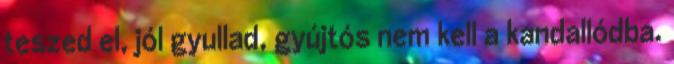
teszed el, jól gyullad, gyújtós nem kell a kandallódba.